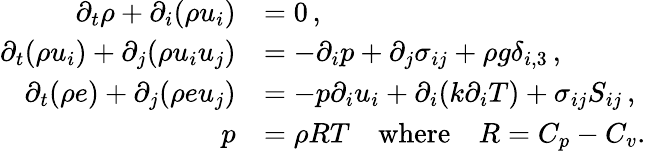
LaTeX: \begin{array}{rl}{\partial_{t}\rho+\partial_{i}(\rho u_{i})}&{=0\, ,}\\ {\partial_{t}(\rho u_{i})+\partial_{j}(\rho u_{i}u_{j})}&{=-\partial_{i}p+\partial_{j}\sigma_{ij}+\rho g\delta_{i,3}\, ,}\\ {\partial_{t}(\rho e)+\partial_{j}(\rho eu_{j})}&{=-p\partial_{i}u_{i}+\partial_{i}(k\partial_{i}T)+\sigma_{ij}S_{ij}\, ,}\\ {p}&{=\rho RT\quad\textrm{where}\quad R=C_{p}-C_{v}.}\end{array}